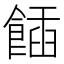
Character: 𩝟